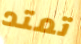
تمتد